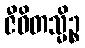
ဇီဝိတသ္မိဉ္စ